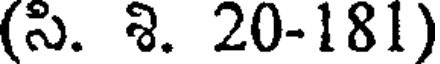
(సి. శి. 20-181)